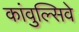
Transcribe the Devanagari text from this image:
कांवुल्सिवे